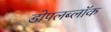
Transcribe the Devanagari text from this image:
डोपलब्लॉक